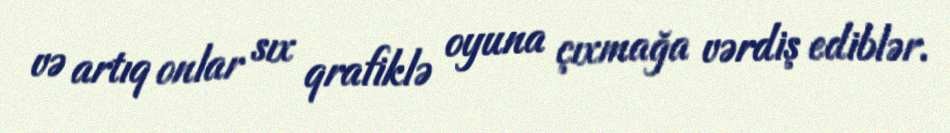
və artıq onlar sıx qrafiklə oyuna çıxmağa vərdiş ediblər.